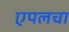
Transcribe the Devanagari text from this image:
एपलचा